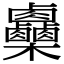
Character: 𣡼